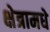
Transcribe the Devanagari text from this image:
क्षेत्रामधे